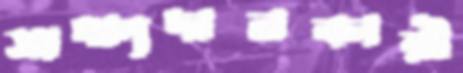
সাক্ষ্যদানকারী